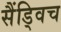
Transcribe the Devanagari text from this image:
सैंड्विच